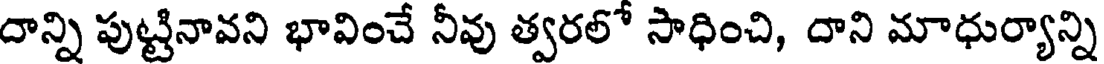
దాన్ని పుట్టినావని భావించే నీవు త్వరలో సాధించి, దాని మాధుర్యాన్ని